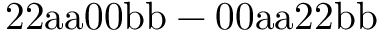
\mathrm { 2 2 a a 0 0 b b - 0 0 a a 2 2 b b }